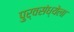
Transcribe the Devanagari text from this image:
पुर्वसंध्येला